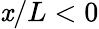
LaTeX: \mathit{x}/L<0